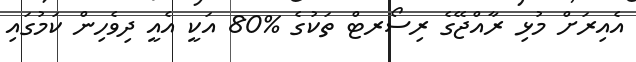
އެއިރަށް މުޅި ރާއްޖޭގެ ރިސޯރޓް ތަކުގެ %80 އަކީ އެއީ ދިވެހިން ކަމުގައި